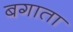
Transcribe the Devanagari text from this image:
बगाता